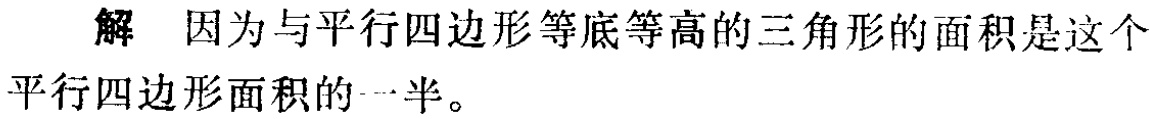
解 因为与平行四边形等底等高的三角形的面积是这个平行四边形面积的一半。